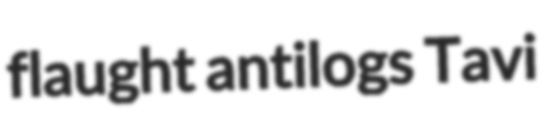
flaught antilogs Tavi